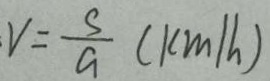
V = \frac { s } { a } ( k m / h )